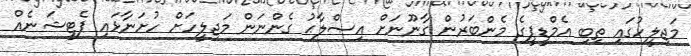
މަޖިލީހުގައި ތިބި އެމްޑީޕީގެ މެންބަރުން ގާނޫނަށް އިޞްލާޙު ގެންނަން މަޖިލީހަށް ހުށަނާޅައި ޕެޓީޝަނެއް